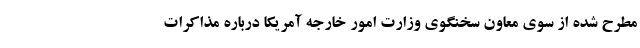
مطرح شده از سوی معاون سخنگوی وزارت امور خارجه آمریکا درباره مذاکرات